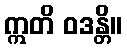
ဣတိ ဝဒန္တိ။